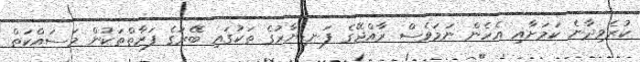
ކުރެވިދާނެ ކަމަށާއި އެހެން ނަމަވެސް ރާއްޖޭގެ ފަނޑިޔާރުގެ ތަކުގައި ބޭރުގެ ފަރާތްތަކުން މަސައްކަތް